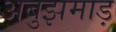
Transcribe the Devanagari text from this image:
अबुझमाड़